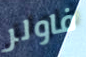
فاولر